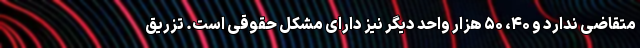
متقاضی ندارد و ۴۰، ۵۰ هزار واحد دیگر نیز دارای مشکل حقوقی است. تزریق